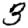
Digit: 3